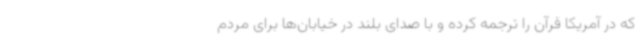
که در آمریکا قرآن را ترجمه کرده و با صدای بلند در خیابان‌ها برای مردم